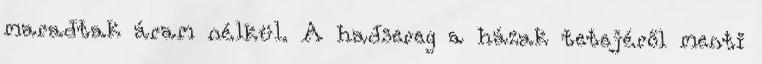
maradtak áram nélkül. A hadsereg a házak tetejéről menti